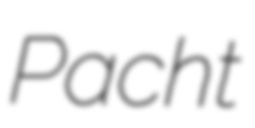
Pacht